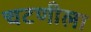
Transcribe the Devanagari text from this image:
चटणीला